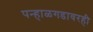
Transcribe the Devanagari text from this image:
पन्हाळगडावरही